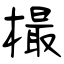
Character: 樶